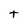
Character: t